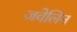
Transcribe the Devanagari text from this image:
जवेलिन